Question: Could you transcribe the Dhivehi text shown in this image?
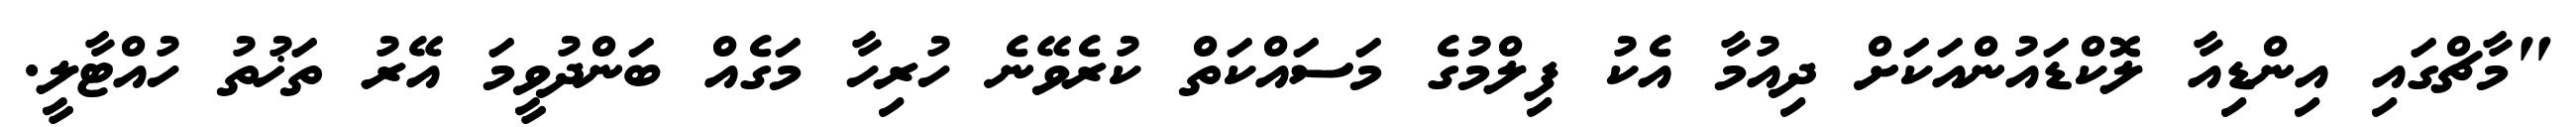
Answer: "މާޗްގައި އިންޑިއާ ލޮކްޑައުންއަކަށް ދިއުމާ އެކު ފިލްމުގެ މަސައްކަތް ކުރެވޭނެ ހުރިހާ މަގެއް ބަންދުވީމަ އޭރު ތަޚުތު ހުއްޓާލީ.